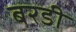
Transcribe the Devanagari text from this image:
बरडी